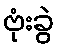
ဗုံးခွဲ